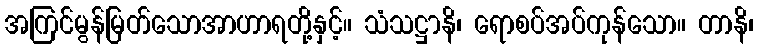
အကြင်မွန်မြတ်သောအာဟာရတို့နှင့်။ သံသဋ္ဌာနိ၊ ရောစပ်အပ်ကုန်သော။ တာနိ၊